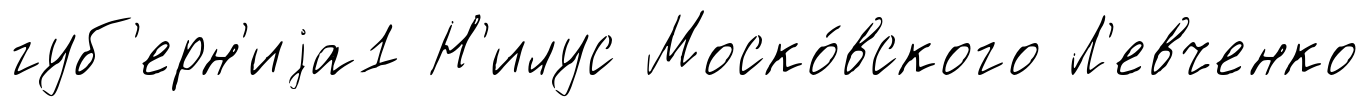
губ'ерн'иjа1 Н'илус Моско́вского Л'евченко